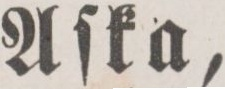
Aſka,